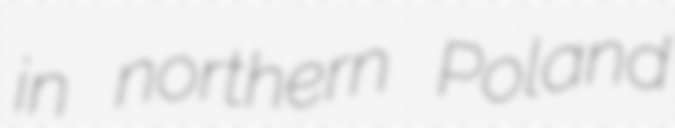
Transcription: in northern Poland